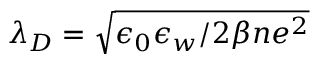
\lambda _ { D } = \sqrt { \epsilon _ { 0 } \epsilon _ { w } / 2 \beta n e ^ { 2 } }